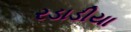
રડાડીયા